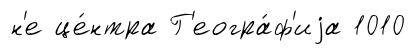
н'е це́нтра Г'еогра́ф'иjа 1010